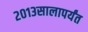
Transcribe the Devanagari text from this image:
२०१३सालापर्यंत